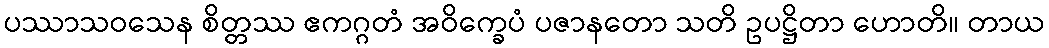
ပဿာသဝသေန စိတ္တဿ ဧကဂ္ဂတံ အဝိက္ခေပံ ပဇာနတော သတိ ဥပဋ္ဌိတာ ဟောတိ။ တာယ